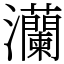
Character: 灡